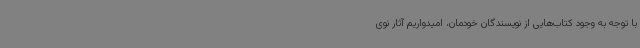
با توجه به وجود کتاب‌هایی از نویسندگان خودمان، امیدواریم آثار نوی